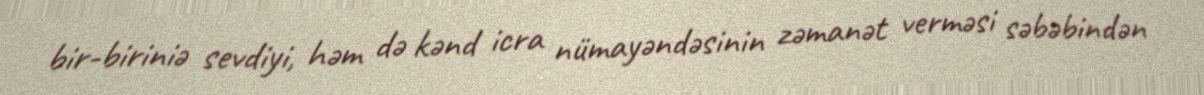
bir-biriniə sevdiyi, həm də kənd icra nümayəndəsinin zəmanət verməsi səbəbindən